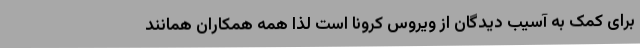
برای کمک به آسیب دیدگان از ویروس کرونا است لذا همه همکاران همانند